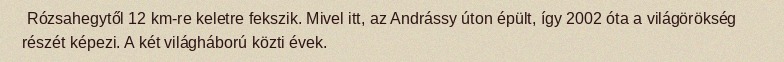
Rózsahegytől 12 km-re keletre fekszik. Mivel itt, az Andrássy úton épült, így 2002 óta a világörökség részét képezi. A két világháború közti évek.